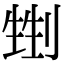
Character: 𠞏